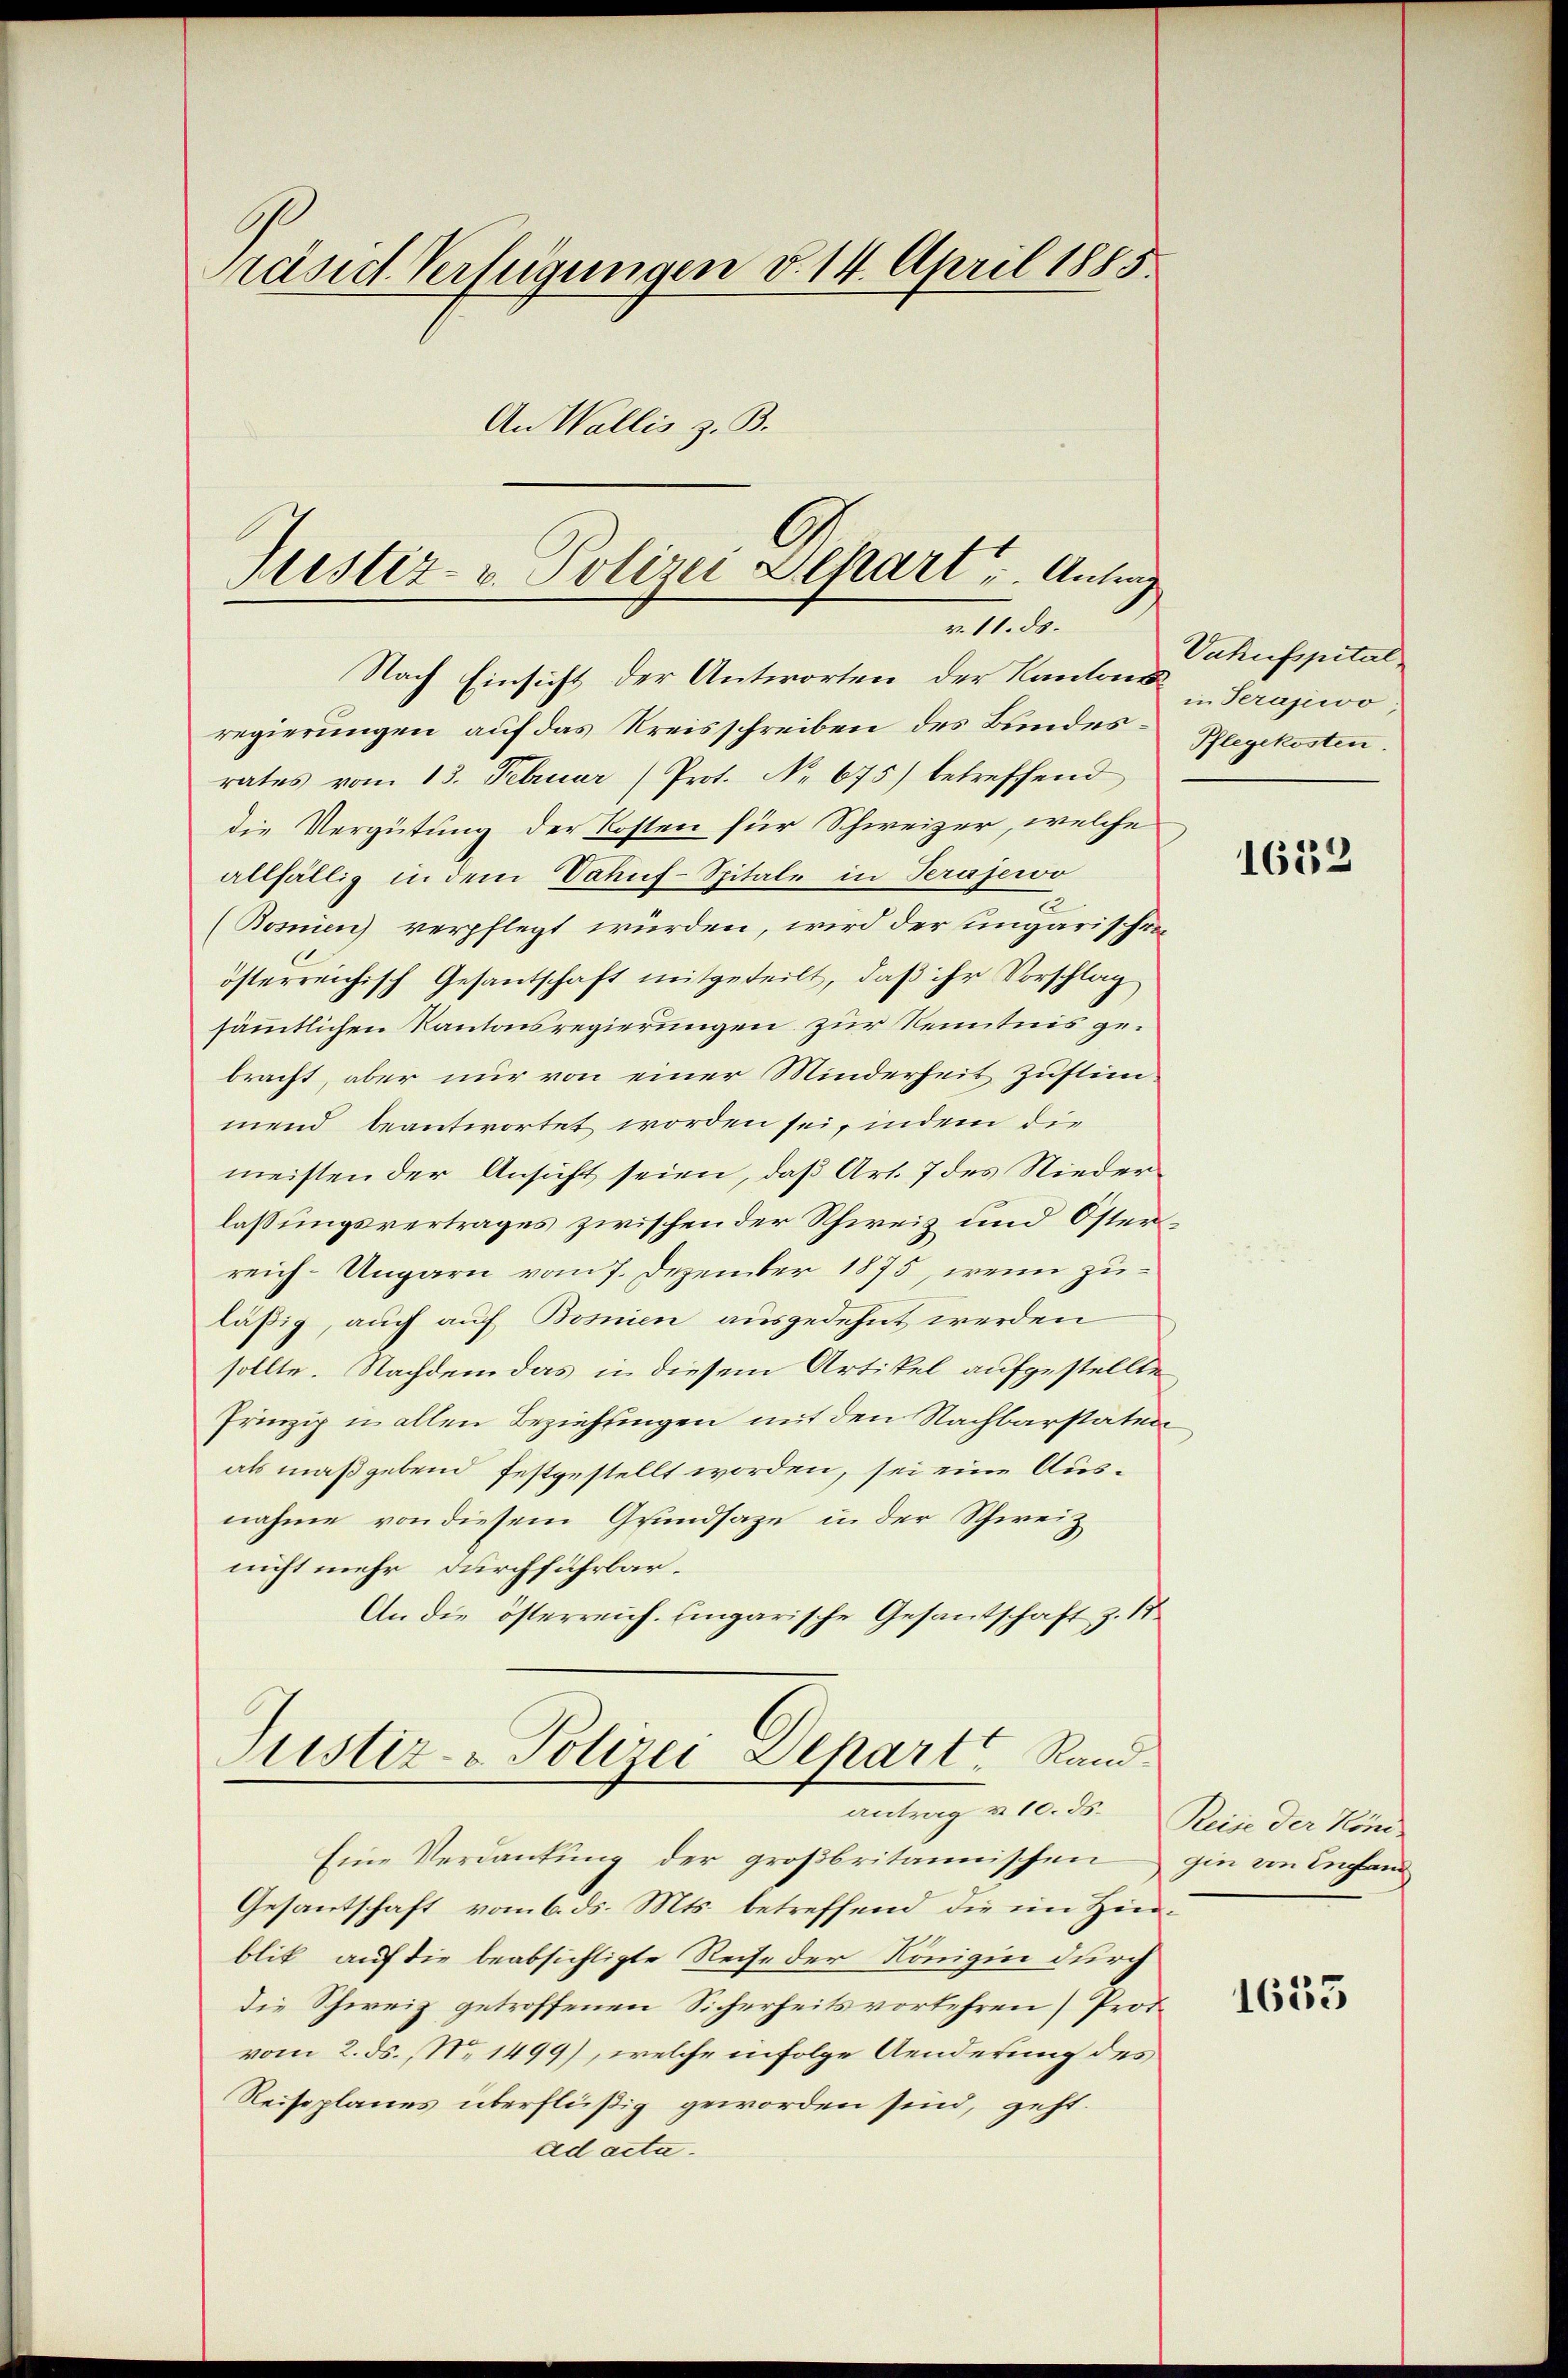
präsid. Verfügungen d. 14. April 1885.
An Wallis z. B.

Justiz- u. Polizei Depart u. Antrag
v. 11. ds.
Nach Einsicht der Antworten der Kantons Serajevo,

regierungen auf das Kreisschreiben des Bundesrates vom 13. Februar (Prot. No 675) betreffend
die Vergütung der Kosten für Schweizer, welche
allfällig in dem Vahuf-Spitale in Verajewo
(Bosmen) verpflegt würden, wird der ungarischen
österreichisch Gesantschaft mitgeteilt, daß ihr Vorschlag
sämmtlichen Kantonsregierungen zur Kenntnis gebracht, aber nur von einer Minderheit Zustimmend beantwortet worden sei, indem die
meisten der Ansicht seien, daß Art. 7 des Niederlassungsvertrages zwischen der Schweiz und Österreich-Ungarn vom 7. Dezember 1875, wenn zuläßig, auch auf Bosnien ausgedehnt werden
sollte. Nachdem das in diesem Artikel aufgestellte
Prinzip u allen Beziehungen mit den Nachbarstaten
als maßgebend festgestellt worden, sei eine Ausnahme von diesem Grundsaze in der Schweiz
nicht mehr durchführbar.
An die österreich. Eingarische Gesandschaft z. St.

Justiz- & Polizei-Depart Randantrag u. 10. ds.

Eine Verdankung der großbritannischen
Gesantschaft vom 6. ds. Mts. betreffend die im Hinblik auf die beabsichtigte Reise der Königin durch
die Schweiz getroffenen Sicherheits vorkehren Prot.
vom 2. ds., No 1499), welche infolge Aenderung des
Reiseplanes überflüßig geworden sind, geht.
ad acta.

Vahnsspital
Pflegekosten.

1652

Reise der Köni
gin von England

1653